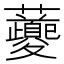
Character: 𧅄